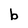
Character: b